Annual report of the Bengal Veterinary College and of the Civil Veterinary Department, Bengal, for the year 1918-19 - 1918-1919
Year: 1918
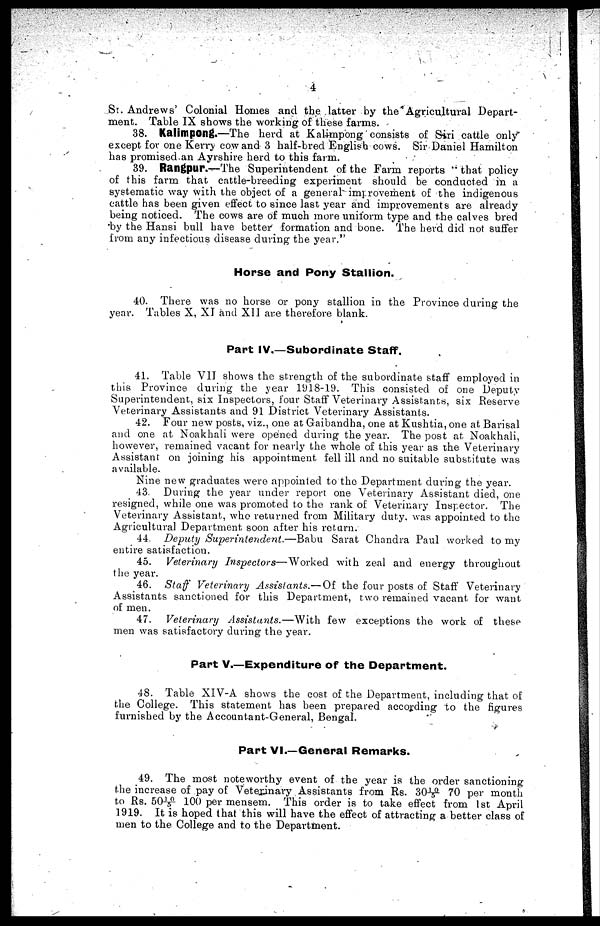
4
St. Andrews' Colonial Homes and the latter by the Agricultural Depart-
ment. Table IX shows the working of these farms.
38. Kalimpong.—The herd at Kalimpong consists of Siri cattle only
except for one Kerry cow and 3 half-bred English cows. Sir Daniel Hamilton
has promised.an Ayrshire herd to this farm.
39. Rangpur.—The Superintendent of the Farm reports
that policy
of this farm that cattle-breeding experiment should be conducted in a
systematic way with the object of a general improvement of the indigenous
cattle has been given effect to since last year and improvements are already
being noticed. The cows are of much more uniform type and the calves bred
by the Hansi bull have better formation and bone. The herd did not suffer
from any infectious disease during the year."
Horse and Pony Stallion.
40. There was no horse or pony stallion in the Province during the
year. Tables X, XI and XII are therefore blank.
Part IV.—Subordinate Staff.
41. Table VII shows the strength of the subordinate staff employed in
this Province during the year 1918-19. This consisted of one Deputy
Superintendent, six Inspectors, four Staff Veterinary Assistants, six Reserve
Veterinary Assistants and 91 District Veterinary Assistants.
42. Four new posts, viz., one at Gaibandha, one at Kushtia, one at Barisal
and one at Noakhali were opened during the year. The post at. Noakhali,
however, remained vacant for nearly the whole of this year as the Veterinary
Assistant on joining his appointment fell ill and no suitable substitute was
available.
Nine new graduates were appointed to the Department during the year.
43. During the year under report one Veterinary Assistant died, one
resigned, while one was promoted to the rank of Veterinary Inspector. The
Veterinary Assistant, who returned from Military duty, was appointed to the
Agricultural Department soon after his return.
44. Deputy Superintendent.—Babu
Sarat Chandra Paul worked to my
entire satisfaction.
45.
Veterinary Inspectors—Worked
with zeal and energy throughout
the year.
46. Staff Veterinary Assistants.— Of the four posts of Staff Veterinary
Assistants sanctioned for this Department, two remained vacant for want
of men.
47.
Veterinary Assistants.—With
few exceptions the work of these
men was satisfactory during the year.
Part V.—Expenditure of the Department.
4S. Table XIV-A shows the cost of the Department, including that of
the College. This statement has been prepared according to the figures
furnished by the Accountant-General, Bengal.
Part VI.—General Remarks.
49. The most noteworthy event of the year is the order sanctioning
the increase of pay of Veterinary Assistants from Rs. 301 0/5 70 per month
to Rs. 501 0/5 100 per mensem. This order is to take effect from 1st April
1919. It is hoped that this will have the effect of attracting a better class of
men to the College and to the Department.